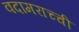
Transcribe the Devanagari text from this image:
वदामराच्ची